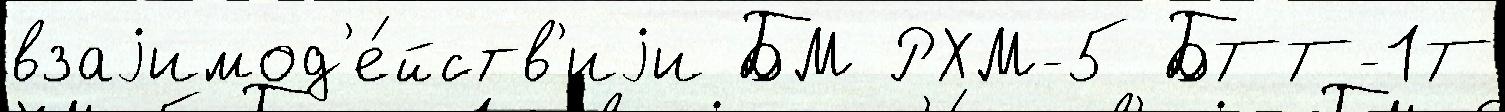
взаjимод'е́йств'иjи БМ РХМ-5 БТТ-1Т